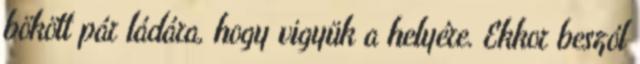
bökött pár ládára, hogy vigyük a helyére. Ekkor beszól